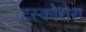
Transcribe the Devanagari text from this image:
टस्कोरोरा